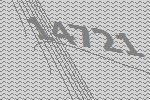
14721